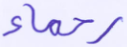
رحماء